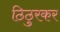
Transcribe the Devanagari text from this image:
ठिठुरकर